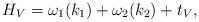
LaTeX: \begin{align*}H_V = \omega_1(k_1) + \omega_2(k_2) + t_V,\end{align*}